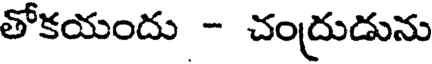
తోకయందు - చంద్రుడును